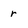
Character: r